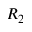
R _ { 2 }